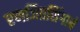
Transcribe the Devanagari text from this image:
रणजितसिंगाने